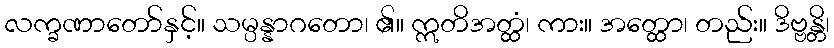
လက္ခဏာတော်နှင့်။ သမ္ပန္နာဂတော၊ ၏။ ဣတိအတ္ထံ၊ ကား။ အတ္ထော၊ တည်း။ ဒိဗ္ဗန္တိ၊